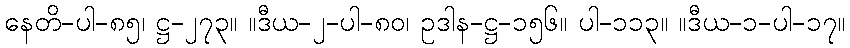
နေတိ-ပါ-၈၅၊ ဋ္ဌ-၂၇၃။ ။ဒီယ-၂-ပါ-၈၀၊ ဥဒါန-ဋ္ဌ-၁၅၆။ ပါ-၁၁၃။ ။ဒီယ-၁-ပါ-၁၇။